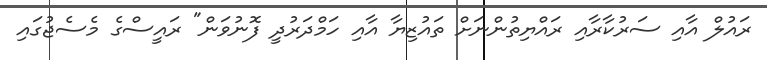
ރައުލް އާއި ސަރުކާރާއި ރައްޔިތުންނަށް ތައުޒިޔާ އާއި ހަމްދަރުދީ ފޮނުވަން" ރައީސްގެ މެސެޖުގައި